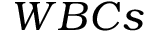
W B C s